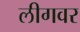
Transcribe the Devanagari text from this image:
लीगवर